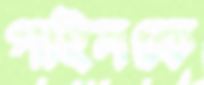
গাইনকে